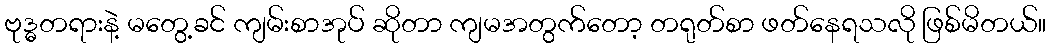
ဗုဒ္ဓတရားနဲ့ မတွေ့ခင် ကျမ်းစာအုပ် ဆိုတာ ကျမအတွက်တော့ တရုတ်စာ ဖတ်နေရသလို ဖြစ်မိတယ်။